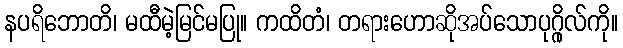
နပရိဘောတိ၊ မထီမဲ့မြင်မပြု။ ကထိတံ၊ တရားဟောဆိုအပ်သောပုဂ္ဂိုလ်ကို။